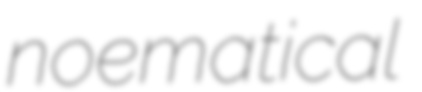
noematical